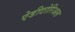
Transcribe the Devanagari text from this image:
ऐडीटोरिअल